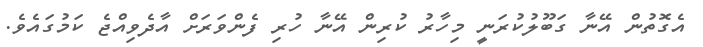
އެގޮތުން އޭނާ ގަބޫލުކުރަނީ މިހާރު ކުރިން އޭނާ ހުރި ފެންވަރަށް އާދެވިއްޖެ ކަމުގައެވެ.